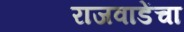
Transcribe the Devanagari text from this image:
राजवाडेंचा